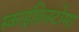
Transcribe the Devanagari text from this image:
स्काइफ़िस्टोमा